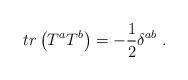
LaTeX: \begin{align*}tr\left( T^a T^b\right) = -\frac12 \delta^{ab}\; .\end{align*}